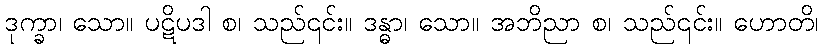
ဒုက္ခာ၊ သော။ ပဋိပဒါ စ၊ သည်၎င်း။ ဒန္ဓာ၊ သော။ အဘိညာ စ၊ သည်၎င်း။ ဟောတိ၊